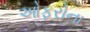
ઓફરોના